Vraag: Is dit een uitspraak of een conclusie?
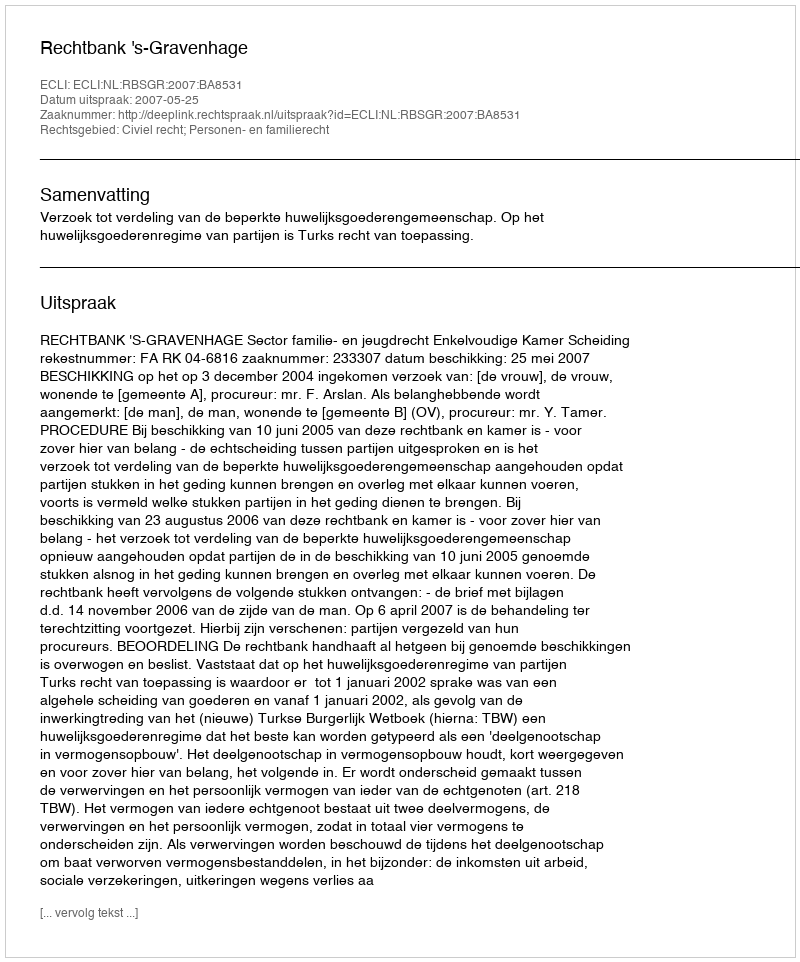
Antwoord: Uitspraak